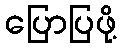
ပြောပြဖို့